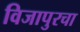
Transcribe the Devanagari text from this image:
विजापुरचा